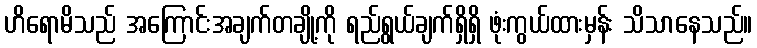
ဟိရောမိသည် အကြောင်းအချက်တချို့ကို ရည်ရွယ်ချက်ရှိရှိ ဖုံးကွယ်ထားမှန်း သိသာနေသည်။